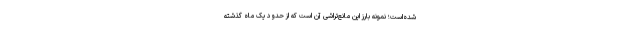
شده‌است؛ نمونه بارز این مانع‌تراشی آن است که از حدود یک ماه گذشته